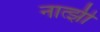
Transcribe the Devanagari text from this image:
नात्झी